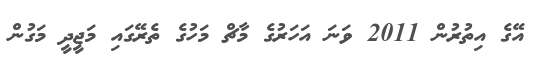
އޭގެ އިތުރުން 2011 ވަނަ އަހަރުގެ މާޗް މަހުގެ ތެރޭގައި މަޖީދީ މަގުން